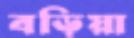
বড়িয়া